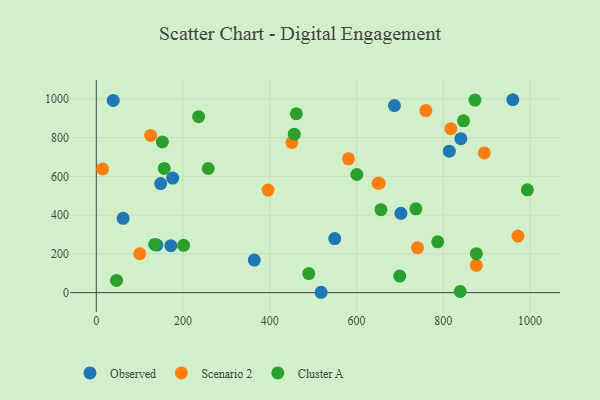
{"axis": {"x": "Experience", "y": "Rating"}, "legend": ["Cluster A", "Observed", "Scenario 2"], "data": [{"x": "364.3", "y": 168.0, "type": "Observed"}, {"x": "148.4", "y": 562.7, "type": "Observed"}, {"x": "813.9", "y": 729.9, "type": "Observed"}, {"x": "840.4", "y": 794.3, "type": "Observed"}, {"x": "39.0", "y": 991.9, "type": "Observed"}, {"x": "171.8", "y": 242.7, "type": "Observed"}, {"x": "518.2", "y": 2.1, "type": "Observed"}, {"x": "139.6", "y": 245.4, "type": "Observed"}, {"x": "549.6", "y": 279.0, "type": "Observed"}, {"x": "61.9", "y": 383.5, "type": "Observed"}, {"x": "702.2", "y": 409.5, "type": "Observed"}, {"x": "960.2", "y": 995.5, "type": "Observed"}, {"x": "176.1", "y": 591.3, "type": "Observed"}, {"x": "687.3", "y": 965.4, "type": "Observed"}, {"x": "396.0", "y": 529.6, "type": "Scenario 2"}, {"x": "652.3", "y": 564.5, "type": "Scenario 2"}, {"x": "740.5", "y": 231.5, "type": "Scenario 2"}, {"x": "581.4", "y": 690.8, "type": "Scenario 2"}, {"x": "817.4", "y": 846.3, "type": "Scenario 2"}, {"x": "876.0", "y": 141.0, "type": "Scenario 2"}, {"x": "649.6", "y": 564.7, "type": "Scenario 2"}, {"x": "894.6", "y": 721.0, "type": "Scenario 2"}, {"x": "100.2", "y": 200.9, "type": "Scenario 2"}, {"x": "972.1", "y": 292.1, "type": "Scenario 2"}, {"x": "125.4", "y": 811.2, "type": "Scenario 2"}, {"x": "14.6", "y": 638.7, "type": "Scenario 2"}, {"x": "759.8", "y": 939.6, "type": "Scenario 2"}, {"x": "450.9", "y": 774.3, "type": "Scenario 2"}, {"x": "736.8", "y": 432.5, "type": "Cluster A"}, {"x": "235.9", "y": 908.1, "type": "Cluster A"}, {"x": "699.6", "y": 85.7, "type": "Cluster A"}, {"x": "201.2", "y": 244.1, "type": "Cluster A"}, {"x": "600.7", "y": 609.7, "type": "Cluster A"}, {"x": "787.1", "y": 262.5, "type": "Cluster A"}, {"x": "456.4", "y": 817.7, "type": "Cluster A"}, {"x": "993.8", "y": 530.5, "type": "Cluster A"}, {"x": "839.0", "y": 6.0, "type": "Cluster A"}, {"x": "873.0", "y": 993.8, "type": "Cluster A"}, {"x": "156.6", "y": 641.1, "type": "Cluster A"}, {"x": "656.3", "y": 428.1, "type": "Cluster A"}, {"x": "489.8", "y": 98.6, "type": "Cluster A"}, {"x": "46.7", "y": 63.3, "type": "Cluster A"}, {"x": "846.7", "y": 886.5, "type": "Cluster A"}, {"x": "258.0", "y": 640.8, "type": "Cluster A"}, {"x": "461.2", "y": 923.1, "type": "Cluster A"}, {"x": "134.6", "y": 249.0, "type": "Cluster A"}, {"x": "876.2", "y": 201.1, "type": "Cluster A"}, {"x": "152.3", "y": 777.5, "type": "Cluster A"}]}